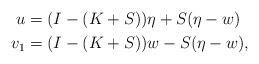
LaTeX: \begin{align*}u&=(I-(K+S))\eta+S(\eta-w) \\v_1&=(I-(K+S))w-S(\eta-w),\end{align*}